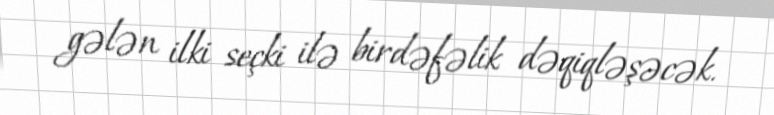
gələn ilki seçki ilə birdəfəlik dəqiqləşəcək.